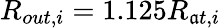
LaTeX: R_{out,i}=1.125R_{\mathfrak{a}t,i}